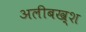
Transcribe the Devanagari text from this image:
अलीबख़्श